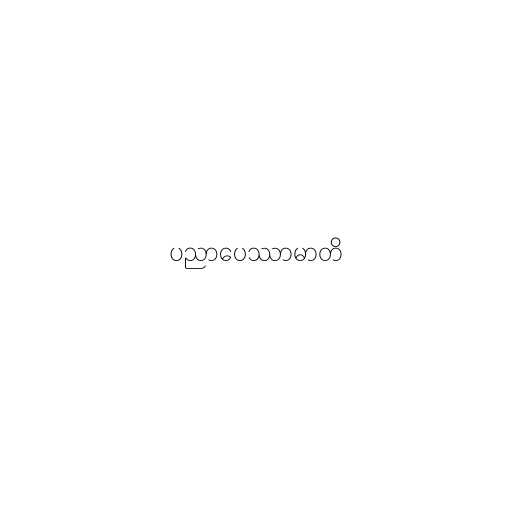
ပညာပေဿာမာတိ